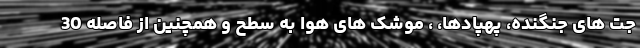
جت های جنگنده، پهپادها، ، موشک های هوا به سطح و همچنین از فاصله 30